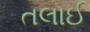
તલાઈ